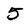
Character: 5